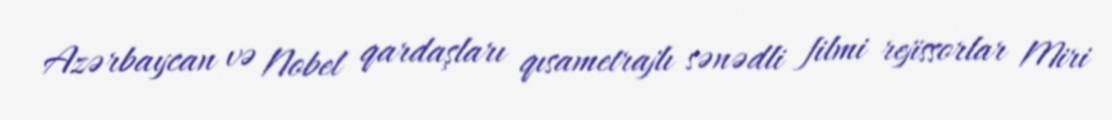
Azərbaycan və Nobel qardaşları qısametrajlı sənədli filmi rejissorlar Miri